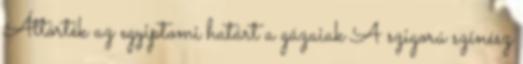
Áttörték az egyiptomi határt a gázaiak A szigorú színész